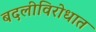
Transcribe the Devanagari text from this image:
बदलीविरोधात